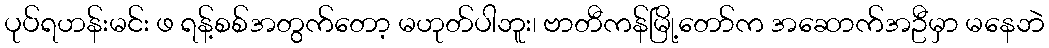
ပုပ်ရဟန်းမင်း ဖ ရန့်စစ်အတွက်တော့ မဟုတ်ပါဘူး၊ ဗာတီကန်မြို့တော်က အဆောက်အဦမှာ မနေဘဲ